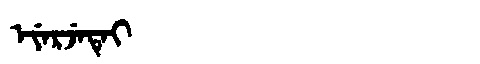
Manchu: ᡝᠶᡝᡵᠵᡝᡨᡝᡳ
Romanization: EYERJETEI